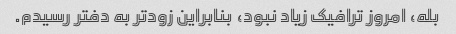
بله، امروز ترافیک زیاد نبود، بنابراین زودتر به دفتر رسیدم.